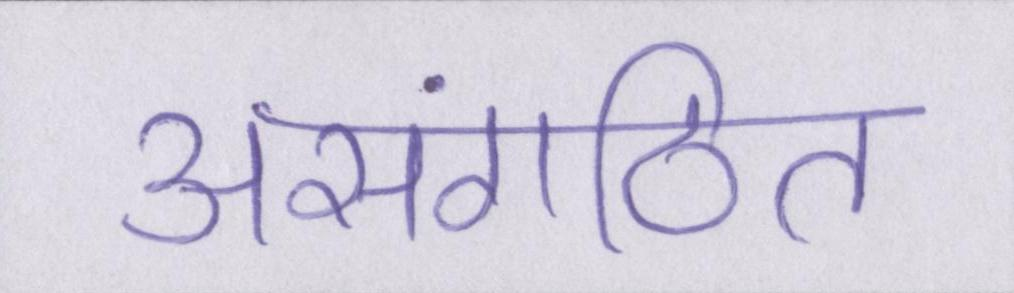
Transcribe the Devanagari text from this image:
असंगठित